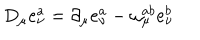
LaTeX: D _ { \mu } e _ { \nu } ^ { a } = \partial _ { \mu } e _ { \nu } ^ { a } - \omega _ { \mu } ^ { a b } e _ { \nu } ^ { b }